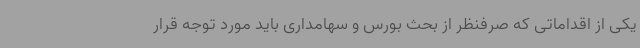
یکی از اقداماتی که صرفنظر از بحث بورس و سهامداری باید مورد توجه قرار